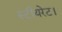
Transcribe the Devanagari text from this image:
स्टीयरेट।